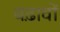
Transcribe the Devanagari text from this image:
बढ़ावों